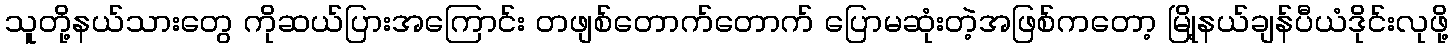
သူတို့နယ်သားတွေ ကိုဆယ်ပြားအကြောင်း တဖျစ်တောက်တောက် ပြောမဆုံးတဲ့အဖြစ်ကတော့ မြို့နယ်ချန်ပီယံဒိုင်းလုဖို့